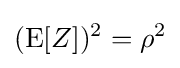
(\operatorname {E} [Z])^{2}=\rho ^{2}